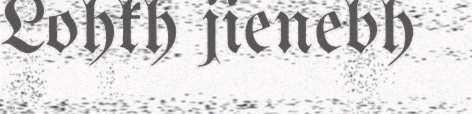
Lohkh jienebh